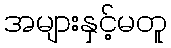
အများနှင့်မတူ